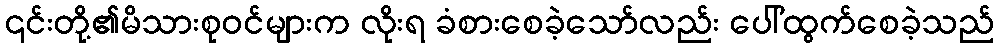
၎င်းတို့၏မိသားစုဝင်များက လိုးရ ခံစားစေခဲ့သော်လည်း ပေါ်ထွက်စေခဲ့သည်